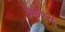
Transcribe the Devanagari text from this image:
३०७०२६